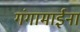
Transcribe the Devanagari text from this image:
गंगामाईना